Document type: Sale
Year: 1435
Scribe: Pere Soler
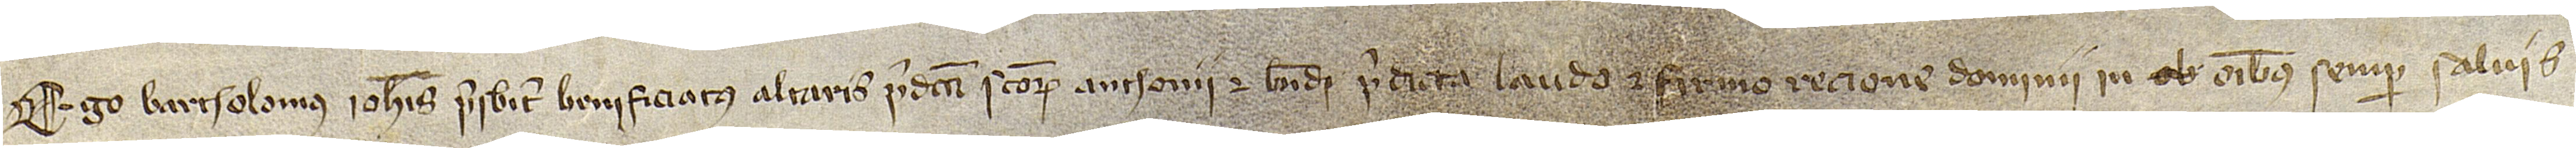
Ego Bartholomeus Iohannis, presbiter beneficiatus altaris predicti Sanctorum Anthonii et Bernardi, predicta laudo et firmo racione dominii in omnibus semper salvis.